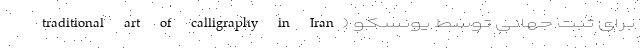
traditional art of calligraphy in Iran) برای ثبت جهانی توسط یونسکو